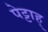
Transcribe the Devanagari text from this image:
पेट्टाह्